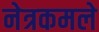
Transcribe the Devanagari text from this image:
नेत्रकमले